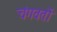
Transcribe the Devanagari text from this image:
चंगवतों